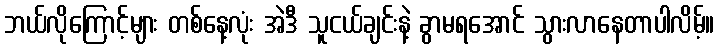
ဘယ်လိုကြောင့်များ တစ်နေ့လုံး အဲဒီ သူငယ်ချင်းနဲ့ ခွာမရအောင် သွားလာနေတာပါလိမ့်။